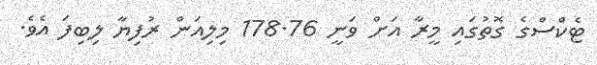
ޓެކްސްގެ ގޮތުގައި މީރާ އަށް ވަނީ 178.76 މިލިއަން ރުފިޔާ ލިބިފަ އެވެ.